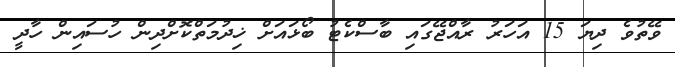
ވޭތުވެ ދިޔަ 15 އަހަރު ރާއްޖޭގައި ބާސްކެޓު ބޯޅައަށް ޚިދުމަތްކޮށްދިން ހުސައިން ހާދީ